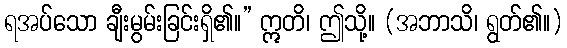
ရအပ်သော ချီးမွမ်းခြင်းရှိ၏။” ဣတိ၊ ဤသို့။ (အဘာသိ၊ ရွတ်၏။)